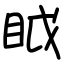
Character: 眓